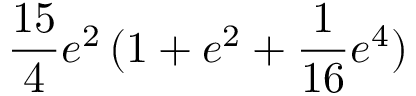
\frac { 1 5 } { 4 } e ^ { 2 } \, ( 1 + e ^ { 2 } + \frac { 1 } { 1 6 } e ^ { 4 } )